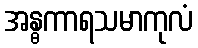
အန္ဓကာရသမာကုလံ